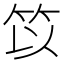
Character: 笖